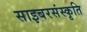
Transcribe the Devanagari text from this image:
साइबरसंस्कृति